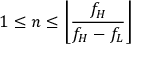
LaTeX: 1 \leq n \leq \left\lfloor { \frac { f _ { H } } { f _ { H } - f _ { L } } } \right\rfloor